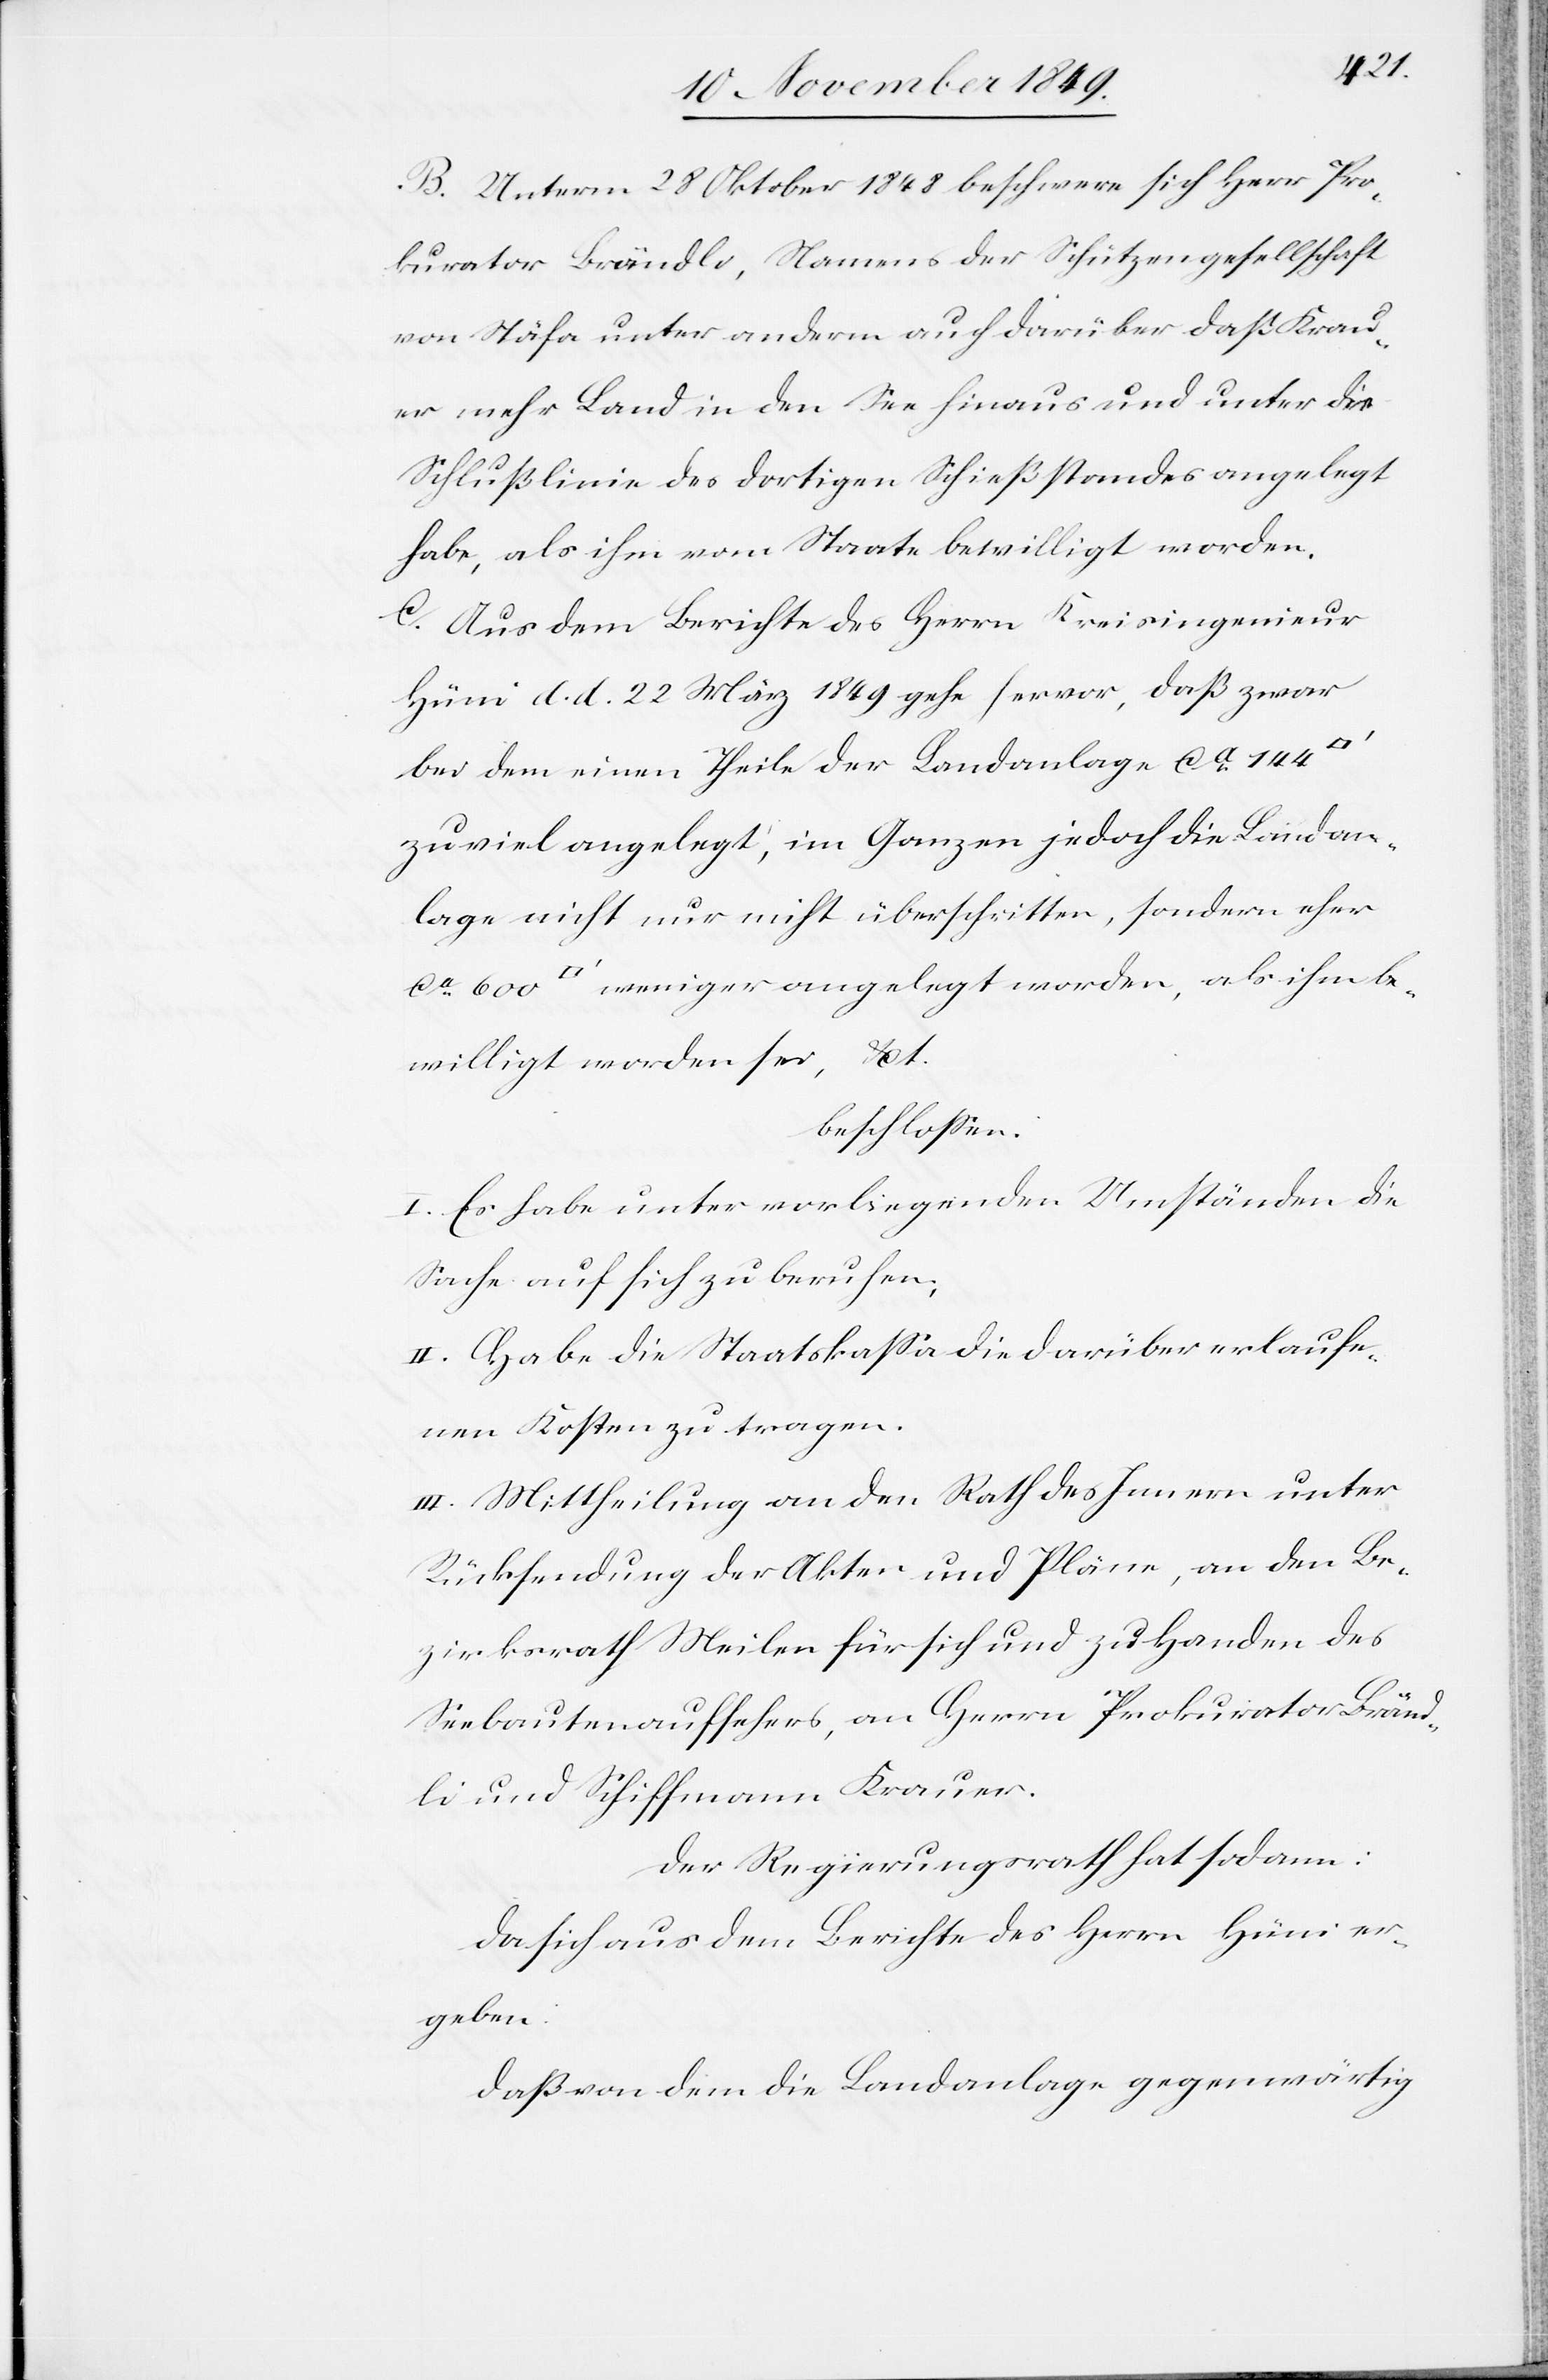
B. Unterm 28 Oktober 1848 beschwere sich Herr Pro¬
kurator Brändli, Namens der Schützengesellschaft
von Stäfa unter andern auch darüber daß Krau¬
er mehr Land in den See hinaus und unter die
Schlußlinie des dortigen Schießstandes angelegt
habe, als ihm vom Staate bewilligt worden.
C. Aus dem Berichte des Herrn Kreisingenieur
Hüni d. d. 22 März 1849 gehe hervor, daß zwar
bei dem einen Theile der Landanlage ca 144
zu viel angelegt, im Ganzen jedoch die Landan¬
lage nicht nur nicht überschritten, sondern eher
[Quadratfuß] weniger angelegt worden, als ihm be¬
willigt worden sei, etc.
beschloßen:
I. Es habe unter vorliegenden Umständen die
Sache auf sich zu beruhen,
II. Habe die Staatskaßa die darüber erlaufe¬
nen Kosten zu tragen.
III. Mittheilung an den Rathe des Innern unter
Rücksendung der Akten und Pläne, an den Be¬
zirksrath Meilen für sich und zu Handen des
Seebautenaufsehers, an Herrn Prokurator Bränd¬
li und Schiffmann Krauer.
Der Regierungsrath hat sodann:
da sich aus dem Berichte des Herrn Hüni er¬
geben:
daß von dem die Landanlage gegenwärtig